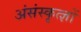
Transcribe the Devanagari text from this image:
अंसंस्कृत्ज्ञों